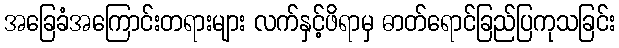
အခြေခံအကြောင်းတရားများ လက်နှင့်ဖိရာမှ ဓာတ်ရောင်ခြည်ပြကုသခြင်း